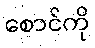
စောင်ကို